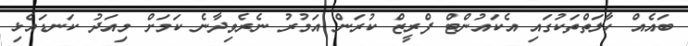
ބައެއް ހާލަތްތަކުގައި އެކައުންޓް ފްރީޒް ކުރަން އަމުރު ނެރެވިދާނެ ކަމަށް މިއަދު ކަނޑައެޅި